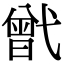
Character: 𢎒